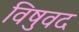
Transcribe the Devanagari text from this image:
विषुवद